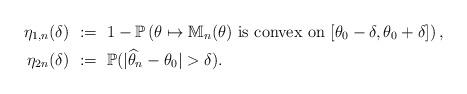
LaTeX: \begin{align*} \eta_{1,n}(\delta) ~&:=~ 1 - \mathbb{P}\left(\theta\mapsto\mathbb{M}_n(\theta)\mbox{ is convex on }[\theta_0 - \delta, \theta_0 + \delta]\right),\\ \eta_{2n}(\delta) ~&:=~ \mathbb{P}(|\widehat{\theta}_n - \theta_0| > \delta).\end{align*}